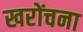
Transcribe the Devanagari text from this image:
खरोंचना